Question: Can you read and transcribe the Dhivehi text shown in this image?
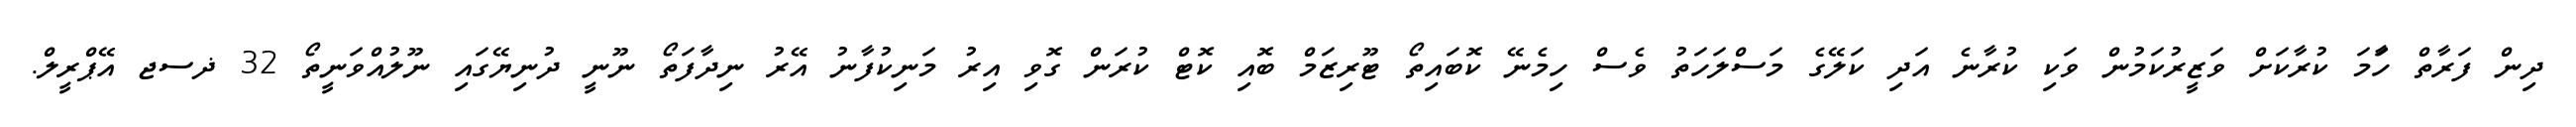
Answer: ދިން ފަރާތް ހަާމަ ކުރާކަށް ވަޒީރުކަމުން ވަކި ކުރާނެ އަދި ކަލޭގެ މަސްލަހަތު ވެސް ހިމެނޭ ކޮބައިތޯ ޓޫރިޒަމް ބޮއި ކޮޓް ކުރަން ގޮވި އިރު މަނިކުފާނު އޭރު ނިދާފަތޯ ނޫނީ ދުނިޔޭގައި ނޫލުއްވަނީތޯ 32 ޛސޖ އޭޕްރީލް.